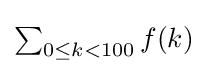
{\textstyle \sum _{0\leq k<100}f(k)}